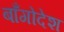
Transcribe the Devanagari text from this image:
बाँगोदेश